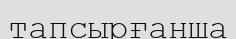
тапсырғанша